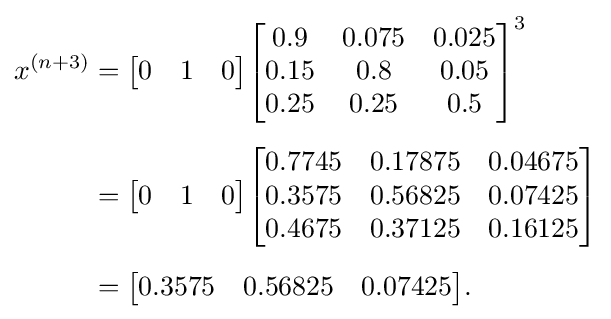
{\begin{aligned}x^{(n+3)}&={\begin{bmatrix}0&1&0\end{bmatrix}}{\begin{bmatrix}0.9&0.075&0.025\\0.15&0.8&0.05\\0.25&0.25&0.5\end{bmatrix}}^{3}\\[5pt]&={\begin{bmatrix}0&1&0\end{bmatrix}}{\begin{bmatrix}0.7745&0.17875&0.04675\\0.3575&0.56825&0.07425\\0.4675&0.37125&0.16125\\\end{bmatrix}}\\[5pt]&={\begin{bmatrix}0.3575&0.56825&0.07425\end{bmatrix}}.\end{aligned}}